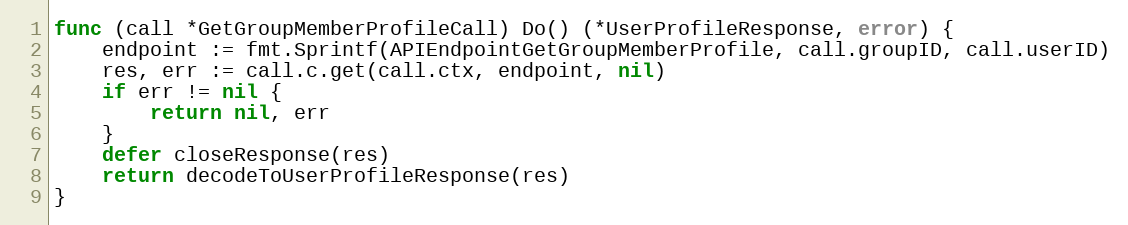
Language: Go
func (call *GetGroupMemberProfileCall) Do() (*UserProfileResponse, error) {
	endpoint := fmt.Sprintf(APIEndpointGetGroupMemberProfile, call.groupID, call.userID)
	res, err := call.c.get(call.ctx, endpoint, nil)
	if err != nil {
		return nil, err
	}
	defer closeResponse(res)
	return decodeToUserProfileResponse(res)
}